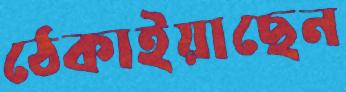
ঠেকাইয়াছেন